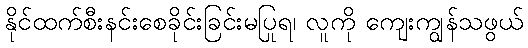
နိုင်ထက်စီးနင်းစေခိုင်းခြင်းမပြုရ၊ လူကို ကျေးကျွန်သဖွယ်